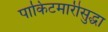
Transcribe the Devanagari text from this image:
पाकिटमारीसुद्धा